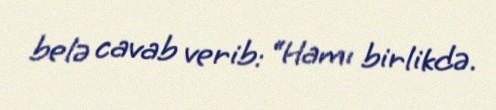
belə cavab verib: “Hamı birlikdə.